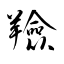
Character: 羷